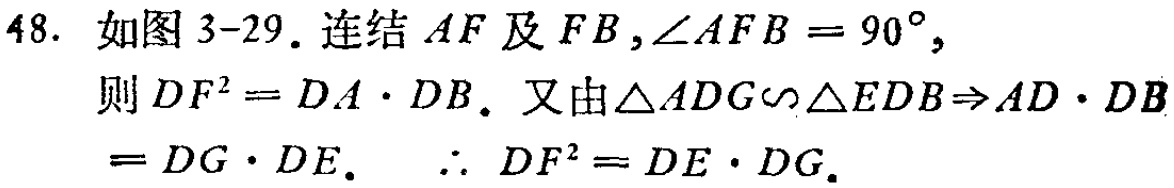
48. 如图3-29. 连结 \(AF\) 及 \(FB\) ,\(\angle AFB = 90^{\circ}\),
则 \(DF^{2}=DA\cdot DB\). 又由\(\triangle ADG\sim\triangle EDB\Rightarrow AD\cdot DB\)
\(=DG\cdot DE\). \(\therefore DF^{2}=DE\cdot DG\).